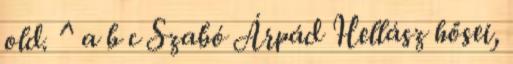
old. ^ a b c Szabó Árpád Hellász hősei,